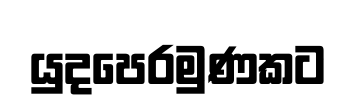
යුදපෙරමුණකට